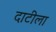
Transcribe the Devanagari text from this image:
दाटीला